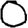
Digit: 0